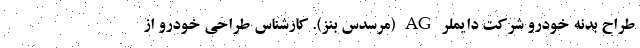
طراح بدنه خودرو شرکت دایملر AG (مرسدس بنز). کارشناس طراحی خودرو از